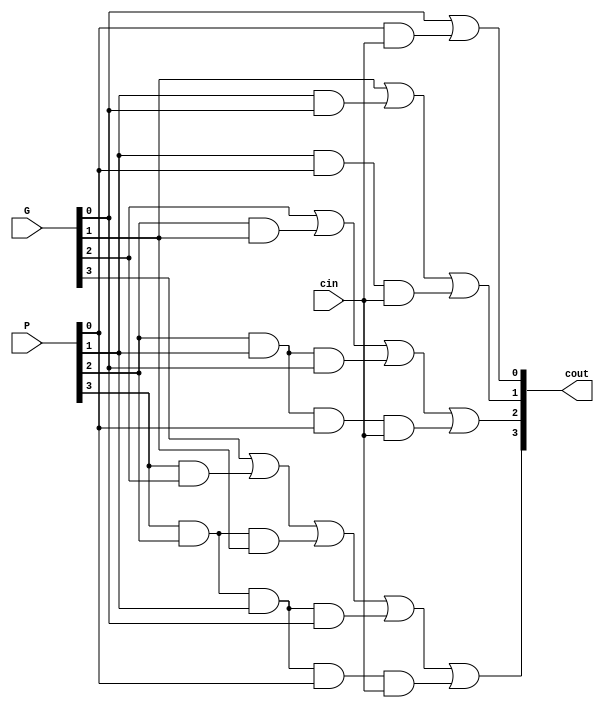

module CLA4bits(
             G,
             P,
             cin,
             cout
 ) ;
   input  [4-1:0] G, P;
   input  cin;
   output [4-1:0] cout;

   assign cout[0] = G[0] | (P[0] & cin);
   assign cout[1] = G[1] | (P[1] & G[0]) | (P[1] & P[0] & cin);
   assign cout[2] = G[2] | (P[2] & G[1]) | (P[2] & P[1] & G[0]) | (P[2] & P[1] & P[0] & cin);
   assign cout[3] = G[3] | (P[3] & G[2]) | (P[3] & P[2] & G[1]) | (P[3] & P[2] & P[1] & G[0]) | (P[3] & P[2] & P[1] & P[0] & cin);
   
endmodule